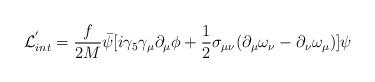
LaTeX: \begin{align*}{\cal L}_{int}^{'} = \frac{f}{2M} \bar{\psi} [i \gamma_{5} \gamma_{\mu} \partial_{\mu} \phi + \frac{1}{2} \sigma_{\mu \nu} (\partial_{\mu} \omega_{\nu}- \partial_{\nu} \omega_{\mu})] \psi \end{align*}